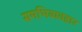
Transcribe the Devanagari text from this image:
समभिव्यवहार